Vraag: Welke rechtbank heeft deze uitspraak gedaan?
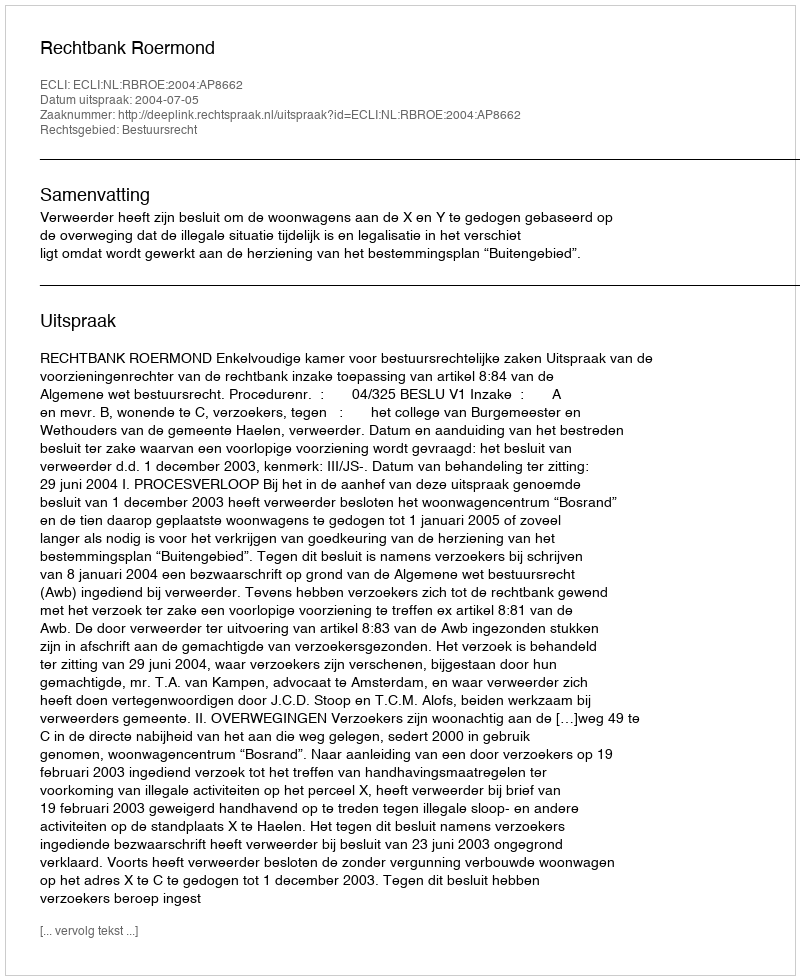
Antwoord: Rechtbank Roermond